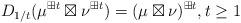
LaTeX: \begin{align*} D_{1/t}(\mu ^{\boxplus t}\boxtimes \nu ^{\boxplus t})=(\mu \boxtimes \nu)^{\boxplus t},t\geq 1 \end{align*}